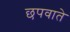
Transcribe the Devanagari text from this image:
छपवाते